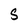
Character: S